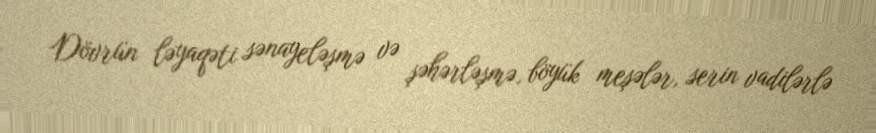
Dövrün ləyaqəti sənayeləşmə və şəhərləşmə, böyük meşələr, serin vadilərlə